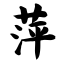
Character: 萍